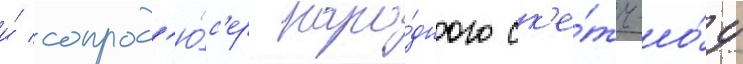
и́ сопрод'ю́с'ер наро́дного ск'е́тч-шо́у